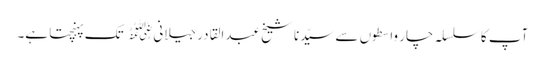
آپ کا سلسلہ چار واسطوں سے سیّدنا شیخ عبدالقادر جیلانی﷜ تک پہنچتا ہے۔